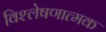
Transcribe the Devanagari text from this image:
विश्‍लेषणात्मक